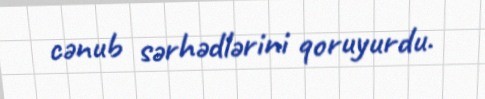
cənub sərhədlərini qoruyurdu.